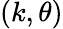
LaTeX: (k,\theta)